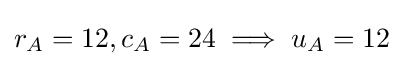
r_{A}=12,c_{A}=24\implies u_{A}=12